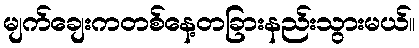
မျက်ချေးကတစ်နေ့တခြားနည်းသွားမယ်။